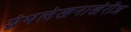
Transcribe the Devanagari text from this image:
ग्रंथलेखनाखेरीज